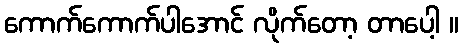
ကောက်ကောက်ပါအောင် လိုက်တော့ တာပေါ့ ။